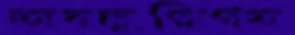
অবলুপ্তিগত